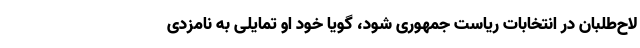
لاح‌طلبان در انتخابات ریاست جمهوری شود، گویا خود او تمایلی به نامزدی